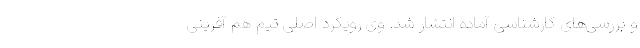
و بررسی‌های کارشناسی آماده انتشار شد. وی رویکرد اصلی تیم هم آفرینی